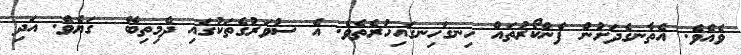
ވެއެވެ. އެތާނގެދަށުން ފެންކޯރުތައް ހިނގަހިނގައިހުރެތެވެ. އެ ސުވަރުގެތަކުގައި ދެމިތިބޭ  ގަޔެވެ. އަދި